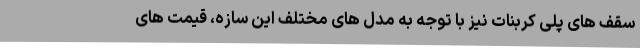
سقف های پلی کربنات نیز با توجه به مدل های مختلف این سازه، قیمت های